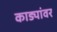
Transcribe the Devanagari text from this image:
काड्यांवर